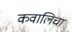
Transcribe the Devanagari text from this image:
कवालिचा